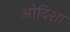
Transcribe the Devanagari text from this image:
ओदिशा